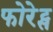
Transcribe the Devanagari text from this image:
फोरेट्स